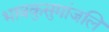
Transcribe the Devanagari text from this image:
भावकुसुमांजलि